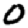
Digit: 0